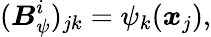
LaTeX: ({\boldsymbol{{B}}_{\psi}^{i}})_{jk}={\psi_{k}(\boldsymbol{x}_{j})},